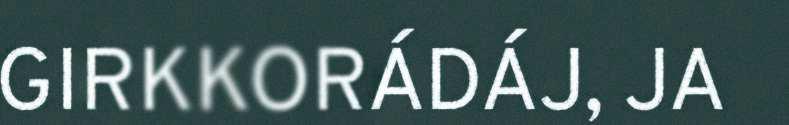
GIRKKORÁDÁJ, JA